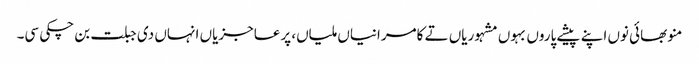
منو بھائی نوں اپنے پیشے پاروں بہوں مشہوریاں تے کامرانیاں ملیاں، پرعاجزیاں انہاں دی جبلت بن چکی سی۔